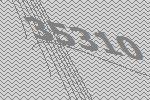
35310